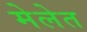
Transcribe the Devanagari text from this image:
मेलेत